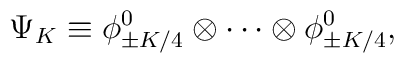
\Psi_K \equiv \phi^0_{\pm K/4}\otimes\cdots\otimes\phi^0_{\pm K/4},